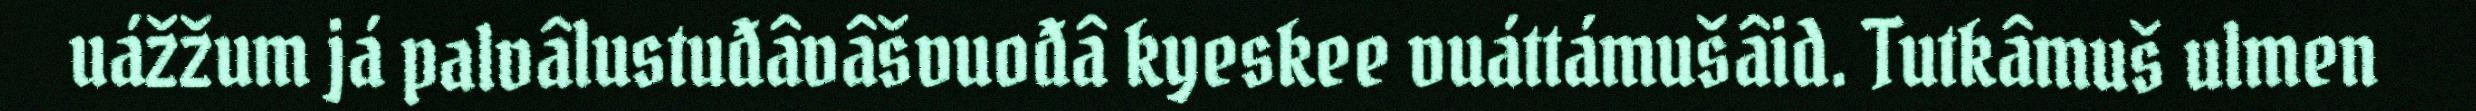
uážžum já palvâlustuđâvâšvuođâ kyeskee vuáttámušâid. Tutkâmuš ulmen